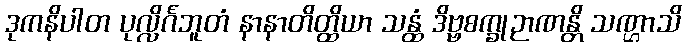
ဒုကနိပါတ ပုလ္လိင်္ဂဘူတံ နာနာတိတ္ထိယာ သန္ထံ ဒိဗ္ဗစက္ခုဉာဏန္တိ သဏ္ဌာသိ